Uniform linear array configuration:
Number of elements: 8
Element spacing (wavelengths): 0.5
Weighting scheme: kaiser
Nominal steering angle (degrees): -30
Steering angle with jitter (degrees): -29.292
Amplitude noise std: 0.05
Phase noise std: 0.05

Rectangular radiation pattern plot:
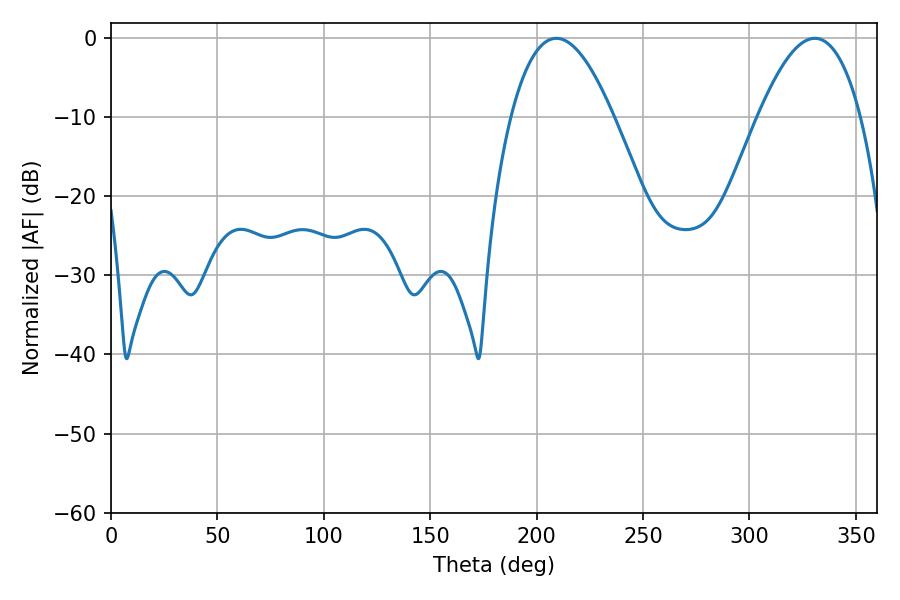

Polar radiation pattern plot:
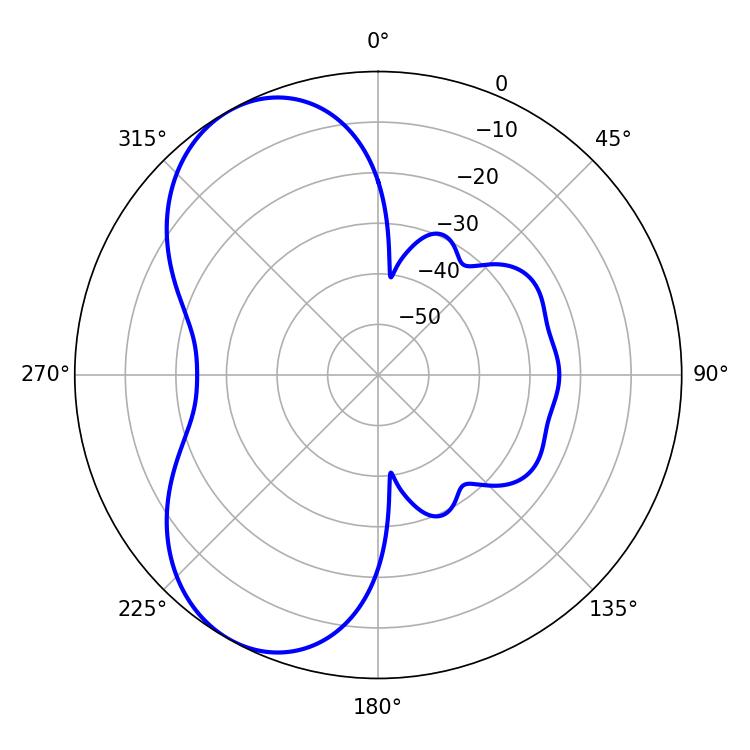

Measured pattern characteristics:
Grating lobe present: FALSE
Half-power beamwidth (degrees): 26.46
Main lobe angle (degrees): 209.34